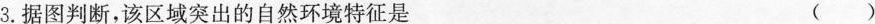
3.据图判断，该区域突出的自然环境特征是（）